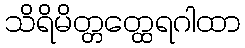
သိရိမိတ္တတ္ထေရဂါထာ